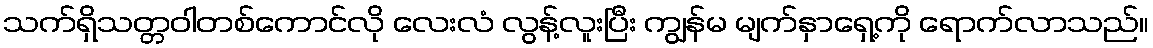
သက်ရှိသတ္တဝါတစ်ကောင်လို လေးလံ လွန့်လူးပြီး ကျွန်မ မျက်နှာရှေ့ကို ရောက်လာသည်။